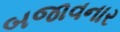
બજાવનાર